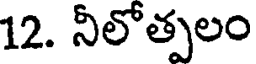
12. నీలోత్పలం